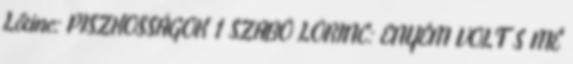
Lőrinc: PISZKOSSÁGOK 1 SZABÓ LŐRINC: ENYÉM VOLT S MÉ